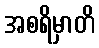
အစရိမှာတိ